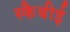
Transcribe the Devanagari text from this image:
स्कैबीई